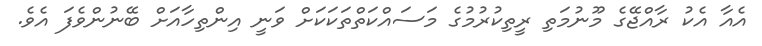
އެއާ އެކު ރާއްޖޭގެ މޫނުމަތި ރީތިކުރުމުގެ މަސައްކަތްތަކަކަށް ވަނީ އިންތިހާއަށް ބޭނުންވެފަ އެވެ.